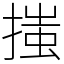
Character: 𢱟